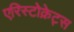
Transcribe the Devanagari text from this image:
एरिस्टोक्रेट्स